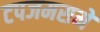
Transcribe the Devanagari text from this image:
टपजमसमे